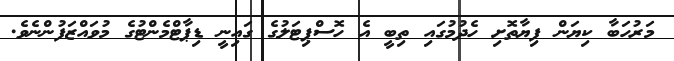
މަރުހަބާ ކިޔަން ފިޔާތޮށި ހެދުމުގައި ތިބީ އެ ހޮސްޕިޓަލުގެ ގައިނީ ޑިޕާޓްމެންޓުގެ މުވައްޒަފުންނެވެ.